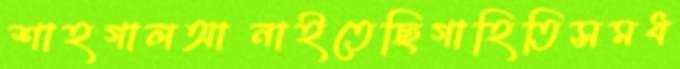
শাহগালআনাইতেছিগাহিতিসমধ